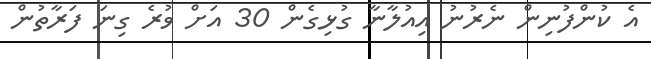
އެ ކުންފުނިން ނެރުނު އިއުލާނާ ގުޅިގެން 30 އަށް ވުރެ ގިނަ ފަރާތުން